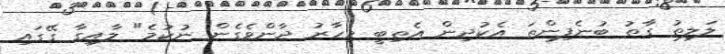
ލަލިތު ގާތު ބުނެފިންތަ އެކުދިން އެތިބީ މިހާރު ދާންވެގެން ނުކުމެ" ލާއިގާ ގޭގައި